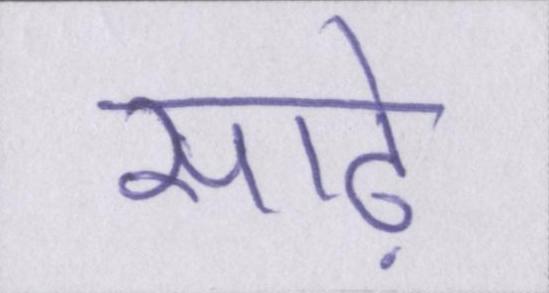
साढ़े